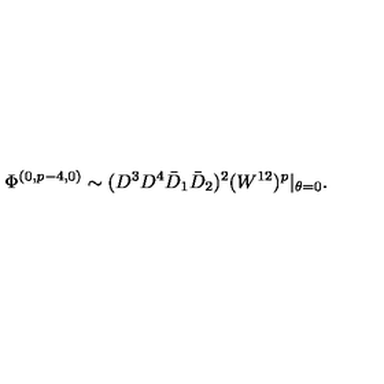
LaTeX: \Phi ^ { ( 0 , p - 4 , 0 ) } \sim ( D ^ { 3 } D ^ { 4 } \bar { D } _ { 1 } \bar { D } _ { 2 } ) ^ { 2 } ( W ^ { 1 2 } ) ^ { p } \vert _ { \theta = 0 } .